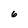
Character: 6